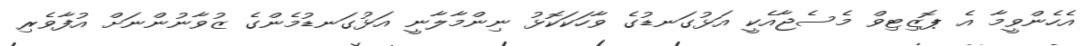
އެހެންވީމާ އެ ޕޮޒިޓިވް މެސެޖާއެކީ އަޅުގަނޑުގެ ވާހަކަކޮޅު ނިންމާލާނީ އަޅުގަނޑުމެންގެ ޒުވާނުންނަށް އުފާވެރި